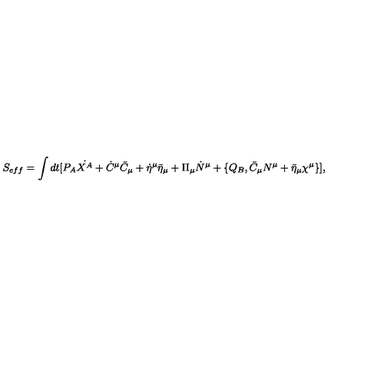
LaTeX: S _ { e f f } = \int d t [ P _ { A } \dot { X ^ { A } } + \dot { C } ^ { \mu } \bar { C } _ { \mu } + \dot { \eta } ^ { \mu } \bar { \eta } _ { \mu } + \Pi _ { \mu } \dot { N } ^ { \mu } + \{ Q _ { B } , \bar { C } _ { \mu } N ^ { \mu } + \bar { \eta } _ { \mu } \chi ^ { \mu } \} ] ,